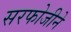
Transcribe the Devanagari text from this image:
सरफोजीने